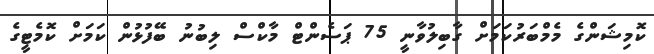
ކޮމިޝަންގެ މެމްބަރުކަމަށް ގާބިލުވާނީ 75 ޕަސެންޓް މާކްސް ލިބުނު ބޭފުޅުން ކަމަށް ކޮމެޓީގެ